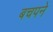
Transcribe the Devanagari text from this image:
बचपने